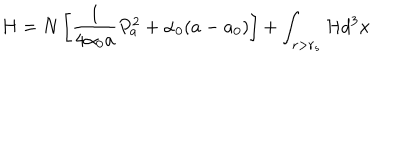
H = N \left[ \frac { 1 } { 4 \alpha _ { 0 } a } P _ { a } ^ { 2 } + \alpha _ { 0 } ( a - a _ { 0 } ) \right] + \int _ { r > r _ { s } } { \cal H } d ^ { 3 } x